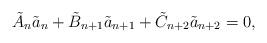
LaTeX: \begin{align*}\tilde{A}_{n}\tilde{a}_{n}+\tilde{B}_{n+1}\tilde{a}_{n+1}+\tilde{C}_{n+2}\tilde{a}_{n+2}=0, \end{align*}